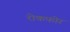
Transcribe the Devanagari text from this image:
रोकफोर